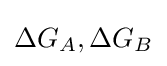
\Delta G_{A},\Delta G_{B}